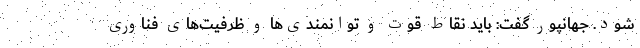
شود. جهانپور گفت:‌ باید نقاط قوت و توانمندی‌ها و ظرفیت‌های فناوری